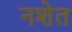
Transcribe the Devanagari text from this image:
नशेत